Report of the Indian Hemp Drugs Commission, 1894-1895 - Volume V
Year: 1894
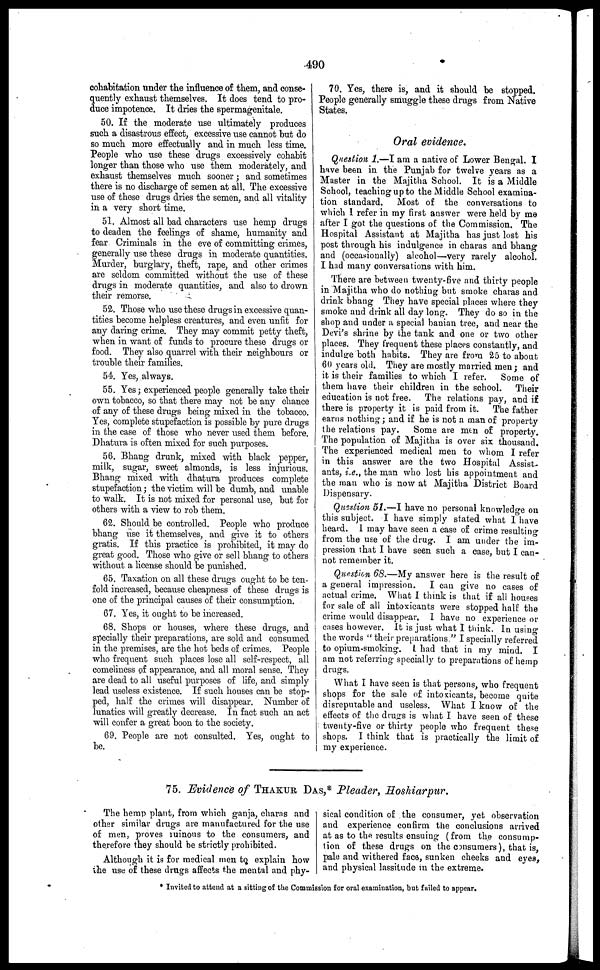
490
cohabitation under the influence of them, and conse-
quently exhaust themselves. It does tend to pro-
duce impotence. It dries the spermagenitale.
50. If the moderate use ultimately produces
such a disastrous effect, excessive use cannot but do
so much more effectually and in much less time.
People who use those drugs excessively cohabit
longer than those who use them moderately, and
exhaust themselves much sooner; and sometimes
there is no discharge of semen at all. The excessive
use of these drugs dries the semen, and all vitality
in a very short time.
51. Almost all bad characters use hemp drugs
to deaden the feelings of shame, humanity and
fear Criminals in the eve of committing crimes,
generally use these drugs in moderate quantities.
Murder, burglary, theft, rape, and other crimes
are seldom committed without the use of these
drugs in moderate quantities, and also to drown
their remorse.
52. Those who use these drugs in excessive quan-
tities become helpless creatures, and even unfit for
any daring crime. They may commit petty theft,
when in want of funds to procure these drugs or
food. They also quarrel with their neighbours or
trouble their families.
54. Yes, always.
55. Yes; experienced people generally take their
own tobacco, so that there may not be any chance
of any of these drugs being mixed in the tobacco.
Yes, complete stupefaction is possible by pure drugs
in the case of those who never used them before.
Dhatura is often mixed for such purposes.
56. Bhang drunk, mixed with black pepper,
milk, sugar, sweet almonds, is less injurious.
Bhang mixed with dhatura produces complete
stupefaction; the victim will be dumb, and unable
to walk. It is not mixed for personal use, but for
others with a view to rob them.
62. Should be controlled. People who produce
bhang use it themselves, and give it to others
gratis. If this practice is prohibited, it may do
great good. Those who give or sell bhang to others
without a license should be punished.
65. Taxation on all these drugs ought to be ten-
fold increased, because cheapness of these drugs is
one of the principal causes of their consumption.
67. Yes, it ought to be increased.
68. Shops or houses, where these drugs, and
specially their preparations, are sold and consumed
in the premises, are the hot beds of crimes. People
who frequent such places lose all self-respect, all
comeliness of appearance, and all moral sense. They
are dead to all useful purposes of life, and simply
lead useless existence. If such houses can be stop-
ped, half the crimes will disappear. Number of
lunatics will greatly decrease. In fact such an act
will confer a great boon to the society.
69. People are not consulted. Yes, ought to
be.
70. Yes, there is, and it should be stopped.
People generally smuggle these drugs from Native
States.
Oral evidence.
Question 1.—I am a native of Lower Bengal. I
have been in the Punjab for twelve years as a
Master in the Majitha School. It is a Middle
School, teaching up to the Middle School examina-
tion standard.
Most of the conversations to
which I refer in my first answer were held by me
after I got the questions of the Commission. The
Hospital Assistant at Majitha has just lost his
post through his indulgence in charas and bhang
and (occasionally) alcohol—very rarely alcohol.
I had many conversations with him.
There are between twenty-five and thirty people
in Majitha who do nothing but smoke charas and
drink bhang They have special places where they
smoke and drink all day long. They do so in the
shop and under a special banian tree, and near the
Devi's shrine by the tank and one or two other
places. They frequent these places constantly, and
indulge both habits. They are from 25 to about
60 years old. They are mostly married men; and
it is their families to which I refer.
Some of
them have their children in the school. Their
education is not free.
The relations pay, and if
there is property it is paid from it. The father
earns nothing; and if he is not a man of property
the relations pay.
Some are men of property.
The population of Majitha is over six thousand.
The experienced medical men to whom I refer
in this answer are the two Hospital Assist-
ants, i.e., the man who lost his appointment and
the man who is now at Majitha District Board
Dispensary.
Question 51.—I have no personal knowledge on
this subject. I have simply stated what I have
heard. I may have seen a case of crime resulting
from the use of the drug. I am under the im-
pression that I have seen such a case, but I can-
not remember it.
Question 68.—My answer here is the result of
a general impression.
I can give no cases of
actual crime. What I think is that if all houses
for sale of all intoxicants were stopped half the
crime would disappear. I have no experience or
cases however. It is just what I think. In using
the words " their preparations " I specially referred
to opium-smoking. I had that in my mind. I
am not referring specially to preparations of hemp
drugs.
What I have seen is that persons, who frequent
shops for the sale of intoxicants, become quite
disreputable and useless. What I know of the
effects of the drugs is what I have seen of these
twenty-five or thirty people who frequent these
shops. I think that is practically the limit of
my experience.
75. Evidence of THAKUR DAS , * Pleader, Hoshiarpur.
The hemp plant, from which ganja, charas and
other similar drugs are manufactured for the use
of men, proves ruinous to the consumers, and
therefore they should be strictly prohibited.
Although it is for medical men to explain how
the use of these drugs affects the mental and phy-
sical condition of the consumer, yet observation
and experience confirm the conclusions arrived
at as to the results ensuing (from the consump-
tion of these drugs on the consumers), that is,
pale and withered face, sunken cheeks and eyes,
and physical lassitude in the extreme.
* Invited to attend at a sitting of the Commission for oral examination, but failed to appear.